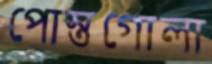
পোস্তগোলা